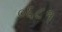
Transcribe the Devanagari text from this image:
०६८१